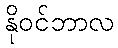
နိုဝင်ဘာလ